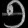
Digit: ၅